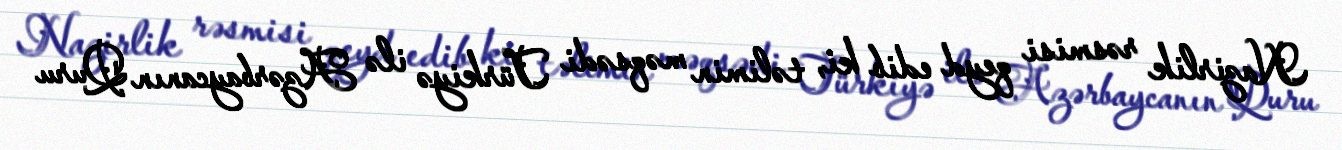
Nazirlik rəsmisi qeyd edib ki, təlimin məqsədi Türkiyə ilə Azərbaycanın Quru